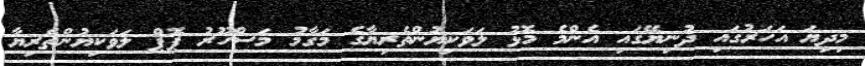
މިދިޔަ އަހަރުގައި ދުނިޔޭގައި އެންމެ މޮޅު ލަވަކިޔުންތެރިޔާގެ މަގާމު މަސްހޫރު ޕޮޕް ލަވަކިޔުންތެރިޔާ